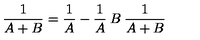
\frac { 1 } { A + B } = \frac { 1 } { A } - \frac { 1 } { A } \: B \: \frac { 1 } { A + B }